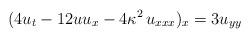
LaTeX: \begin{align*}(4 u_t - 12 u u_x - 4 \kappa^2 \, u_{xxx} )_x = 3 u_{yy}\end{align*}